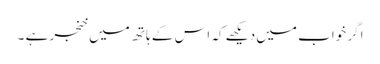
اگر خواب میں دیکھے کہ اس کے ہاتھ میں خنجر ہے ۔